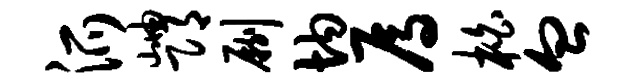
派岫邛劂均焉柏血